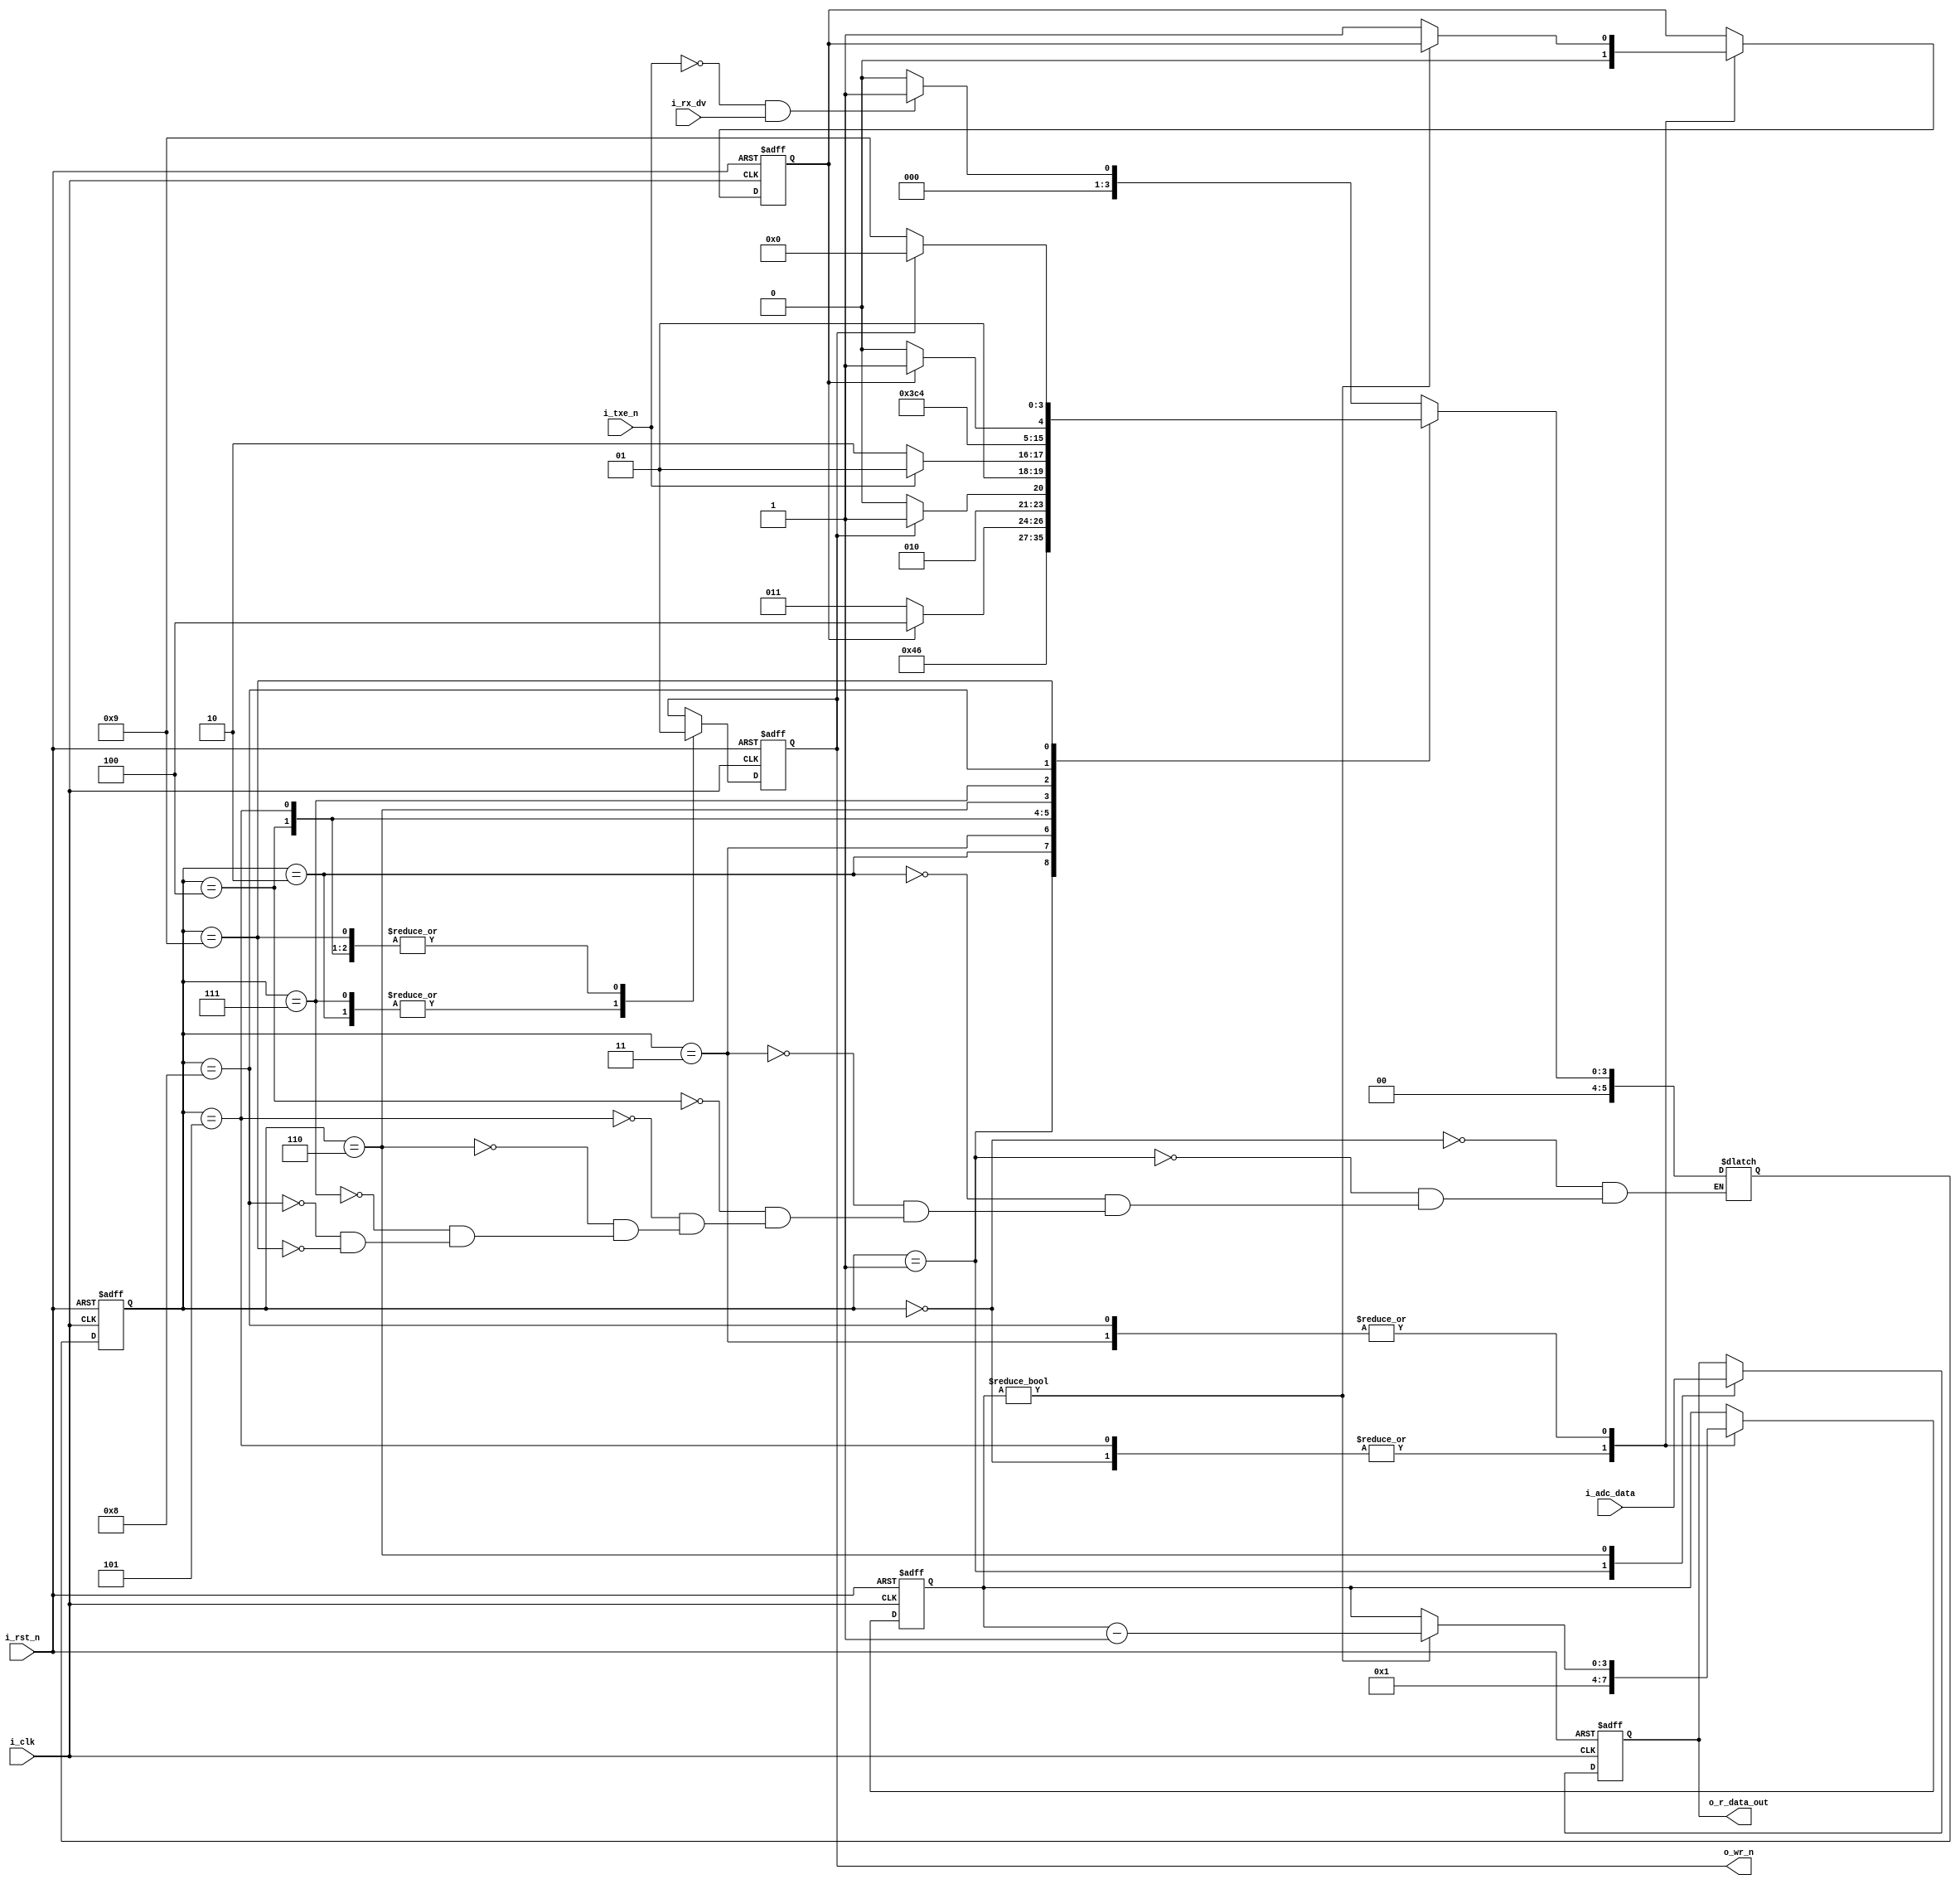
module ft232h_asynFIFO_w
(
	input i_clk,
	input i_rst_n,
	input i_txe_n,
	output o_wr_n,
	input i_rx_dv,
	input [15:0] i_adc_data,
	output reg [7:0] o_r_data_out
);
/***FT232H asynFIFO write SM ***/
localparam FT_IDLE = 0;
localparam FT_PREPARE_DATA = 1;
localparam FT_WRITE_DATA = 2;
localparam FT_WAIT = 3;
localparam FT_WRITE_DONE = 4;
localparam FT_MIDDLE = 5;
localparam FT_PREPARE_DATA_2 = 6;
localparam FT_WRITE_DATA_2 = 7;
localparam FT_WAIT_2 = 8;
localparam FT_WRITE_DONE_2 = 9;

`define FT_WAIT_CNT 1

reg[5:0] curent_state, next_state;
reg [3:0] r_ft_wait;
reg r_ftWait_done;
reg r_wr_n;

assign o_wr_n = r_wr_n;

/***current state generator ***/
always@(posedge i_clk or negedge i_rst_n) begin
    if(!i_rst_n) 
        curent_state <= FT_IDLE;
    else 
        curent_state <= next_state;
end


/***next state generator ***/
always@(*) begin
    case(curent_state)
        FT_IDLE: begin
            if(!i_txe_n && i_rx_dv) next_state = FT_PREPARE_DATA;
            else next_state = FT_IDLE;
        end
        
        FT_PREPARE_DATA: next_state = FT_WRITE_DATA;
        
        FT_WRITE_DATA: next_state = FT_WAIT;
        
        FT_WAIT:begin
            if(r_ftWait_done)
                next_state = FT_WRITE_DONE;
            else next_state = FT_WAIT;
        end
        
        FT_WRITE_DONE: begin
            if(r_wr_n) next_state = FT_MIDDLE;
            else next_state = FT_WRITE_DONE;
        end
		
		FT_MIDDLE: begin
            if(!i_txe_n) next_state = FT_PREPARE_DATA_2;
            else next_state = FT_MIDDLE;
        end
        
        FT_PREPARE_DATA_2: next_state = FT_WRITE_DATA_2;
        
        FT_WRITE_DATA_2: next_state = FT_WAIT_2;
        
        FT_WAIT_2:begin
            if(r_ftWait_done)
                next_state = FT_WRITE_DONE_2;
            else next_state = FT_WAIT_2;
        end
        
        FT_WRITE_DONE_2: begin
            if(r_wr_n) next_state = FT_IDLE;
            else next_state = FT_WRITE_DONE_2;
        end
    
    endcase
end


/*** output logic ***/
always@(posedge i_clk or negedge i_rst_n) begin
    if(!i_rst_n) begin
        r_wr_n <= 1'b1;
        o_r_data_out <= 0;
        r_ft_wait <= `FT_WAIT_CNT;
        r_ftWait_done <= 1'b0;
    end
    else begin
        case(curent_state)
            FT_IDLE: begin
                r_wr_n <= 1'b1;
                r_ft_wait <= `FT_WAIT_CNT;
                r_ftWait_done <= 1'b0;
				
            end
            
            FT_PREPARE_DATA: begin
				o_r_data_out <= i_adc_data[15:8];
            end
        
            FT_WRITE_DATA: begin
                r_wr_n <= 1'b0;
            end
            
            FT_WAIT: begin
                if(r_ft_wait != 0) r_ft_wait <= r_ft_wait - 1'b1;
                else r_ftWait_done <= 1'b1;
            end
            
            FT_WRITE_DONE: begin
                r_wr_n <= 1'b1; 
            end
			
			FT_MIDDLE: begin
                r_wr_n <= 1'b1;
                r_ft_wait <= `FT_WAIT_CNT;
                r_ftWait_done <= 1'b0;
            end
            
            FT_PREPARE_DATA_2: begin
				o_r_data_out <= i_adc_data[7:0];
            end
        
            FT_WRITE_DATA_2: begin
                r_wr_n <= 1'b0;
            end
            
            FT_WAIT_2: begin
                if(r_ft_wait != 0) r_ft_wait <= r_ft_wait - 1'b1;
                else r_ftWait_done <= 1'b1;
            end
            
            FT_WRITE_DONE_2: begin
                r_wr_n <= 1'b1; 
            end
        
        endcase
    end
end

endmodule